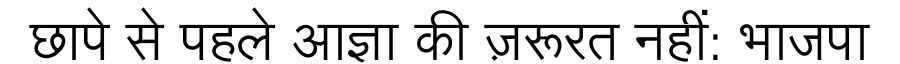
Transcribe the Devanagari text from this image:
छापे से पहले आज्ञा की ज़रूरत नहीं: भाजपा